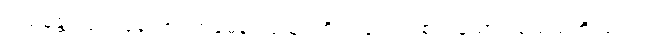
ဝါယမန္တံ၊ လုံ့လပြုသော။ တမေနံ၊ ထုသူရဲကို။ ပရေ၊ တစ်ပါးသော စစ်သည်တို့သည်။